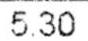
5.30